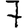
Digit: 7